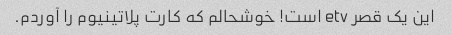
این یک قصر etv است! خوشحالم که کارت پلاتینیوم را آوردم.